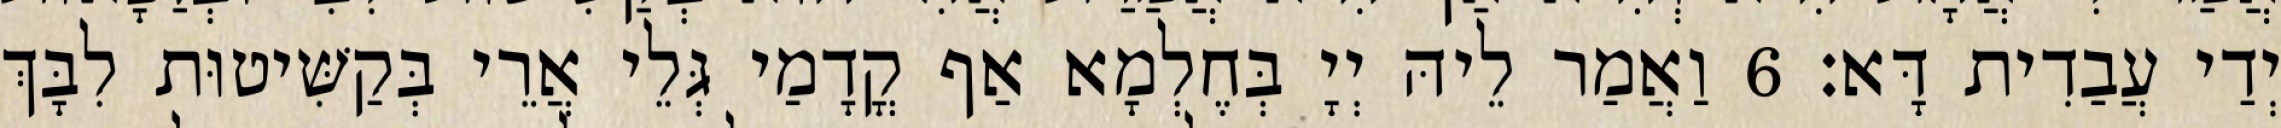
יְדַי עֲבַדִית דָּא׃ 6 וַאֲמַר לֵיהּ יְיָ בְּחֶלְמָא אַף קֳדָמַי גְּלֵי אֲרֵי בְּקַשִּׁיטוּת לִבָּךְ